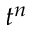
t ^ { n }